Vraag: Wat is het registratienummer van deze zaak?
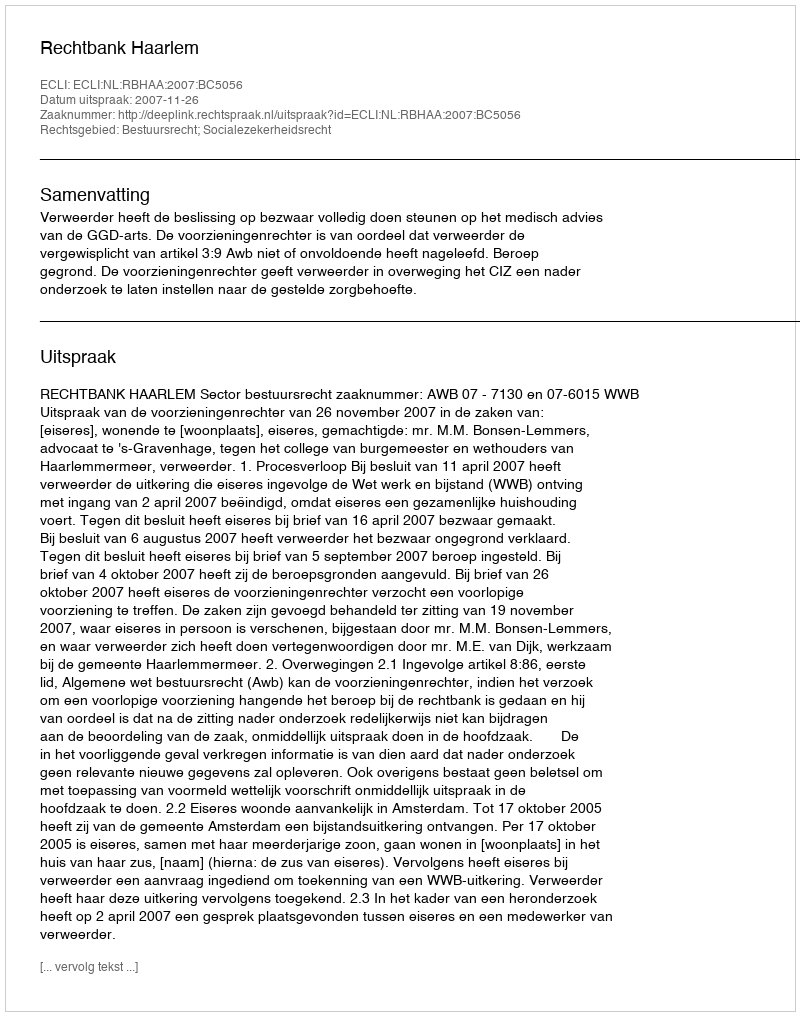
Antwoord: http://deeplink.rechtspraak.nl/uitspraak?id=ECLI:NL:RBHAA:2007:BC5056